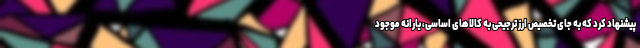
پیشنهاد کرد که به جای تخصیص ارز ترجیحی به کالا‌های اساسی، یارانه موجود